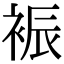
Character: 裖